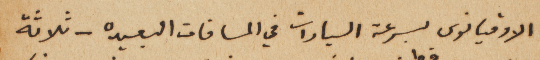
الاوقيانوس بسرعة السيارات في المسافات البعيده – ثلاثة